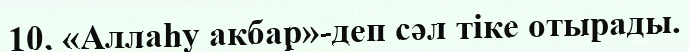
10. «Аллаһу акбар»-деп сәл тіке отырады.